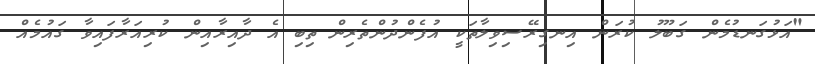
"އަޅުގަނޑުމެން ގަބޫލު ކުރަން އިނގިރޭސިވިލާތަކީ އުފެންދުންތެރިން ތިބި އެ ދާއިރާއިން ކުރިއަރާފައިވާ ގައުމެއް